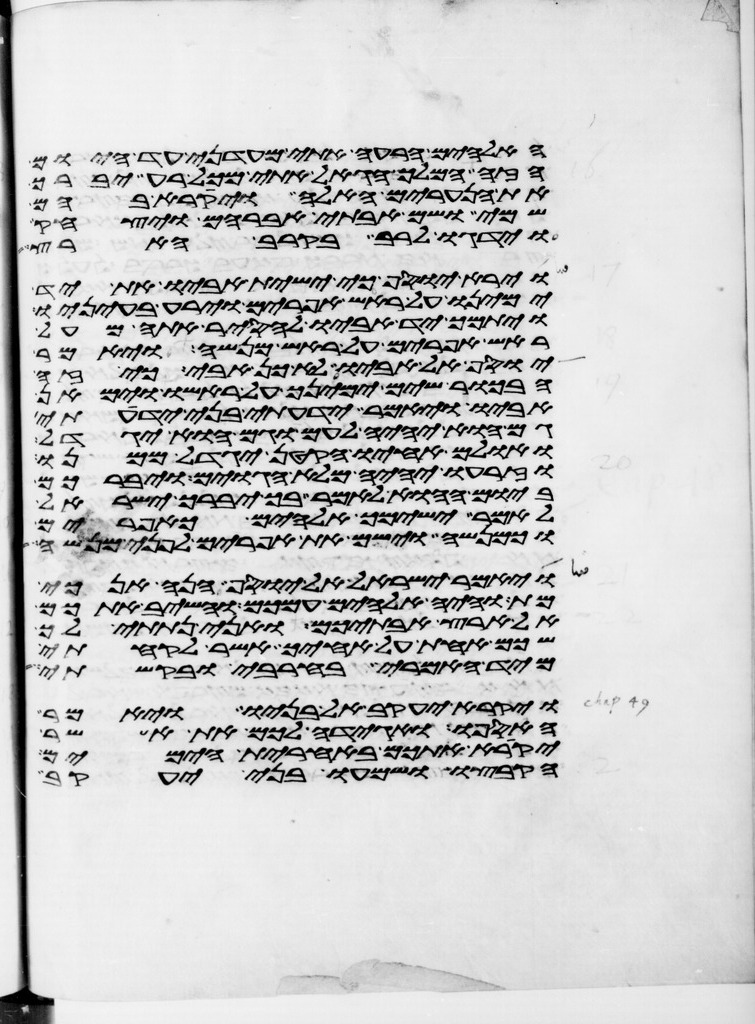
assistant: האלהים הרעה אתי מעודני עד היום
הזה המלך הגאל אתי מכל רע יברך
את הנערים האלה ויקרא בהם
שמי ושם אבותי אברהם ויצחק
וידגו לרב בקרב הארץ
וירא יוסף כי ישית אביו את יד
ימינו על ראש אפרים וירע בעיניו
ויתמך יד אביו להסיר אתה מעל
ראש אפרים על ראש מנשה ויאמר
יוסף אל אביו לא כן אבי כי זה
הבכור שים ימינך על ראשו וימאן
אביו ויאמר ידעתי בני ידעתי
גם הוא יהיה לעם וגם הוא יגדל
ואולם אחיו הקטן יגדל ממנו
וזרעו יהיה מלא הגוים ויברכם
ביום ההוא לאמר בך יברך ישראל
לאמר ישימך אלהים כאפרים
וכמנשה וישם את אפרים לפני מנשה
ויאמר ישראל אל יוסף הנה אנכי
מת והיה אלהים עמכם והשיב אתכם
אל ארץ אבתיכם ואני נתתי לך
שכם אחת על אחיך אשר לקחתי
מיד האמרי בחרבי ובקשתי
ויקרא יעקב אל בניו ויאמר
האספו ואגידה לכם את אשר
יקרא אתכם באחרית הימים
הקבצו ושמעו בני יעקב